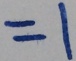
= 1